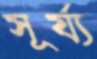
সূর্য্য